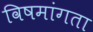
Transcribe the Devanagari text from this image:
विषमांगता